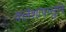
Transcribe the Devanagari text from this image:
क्लेशांपासुनि